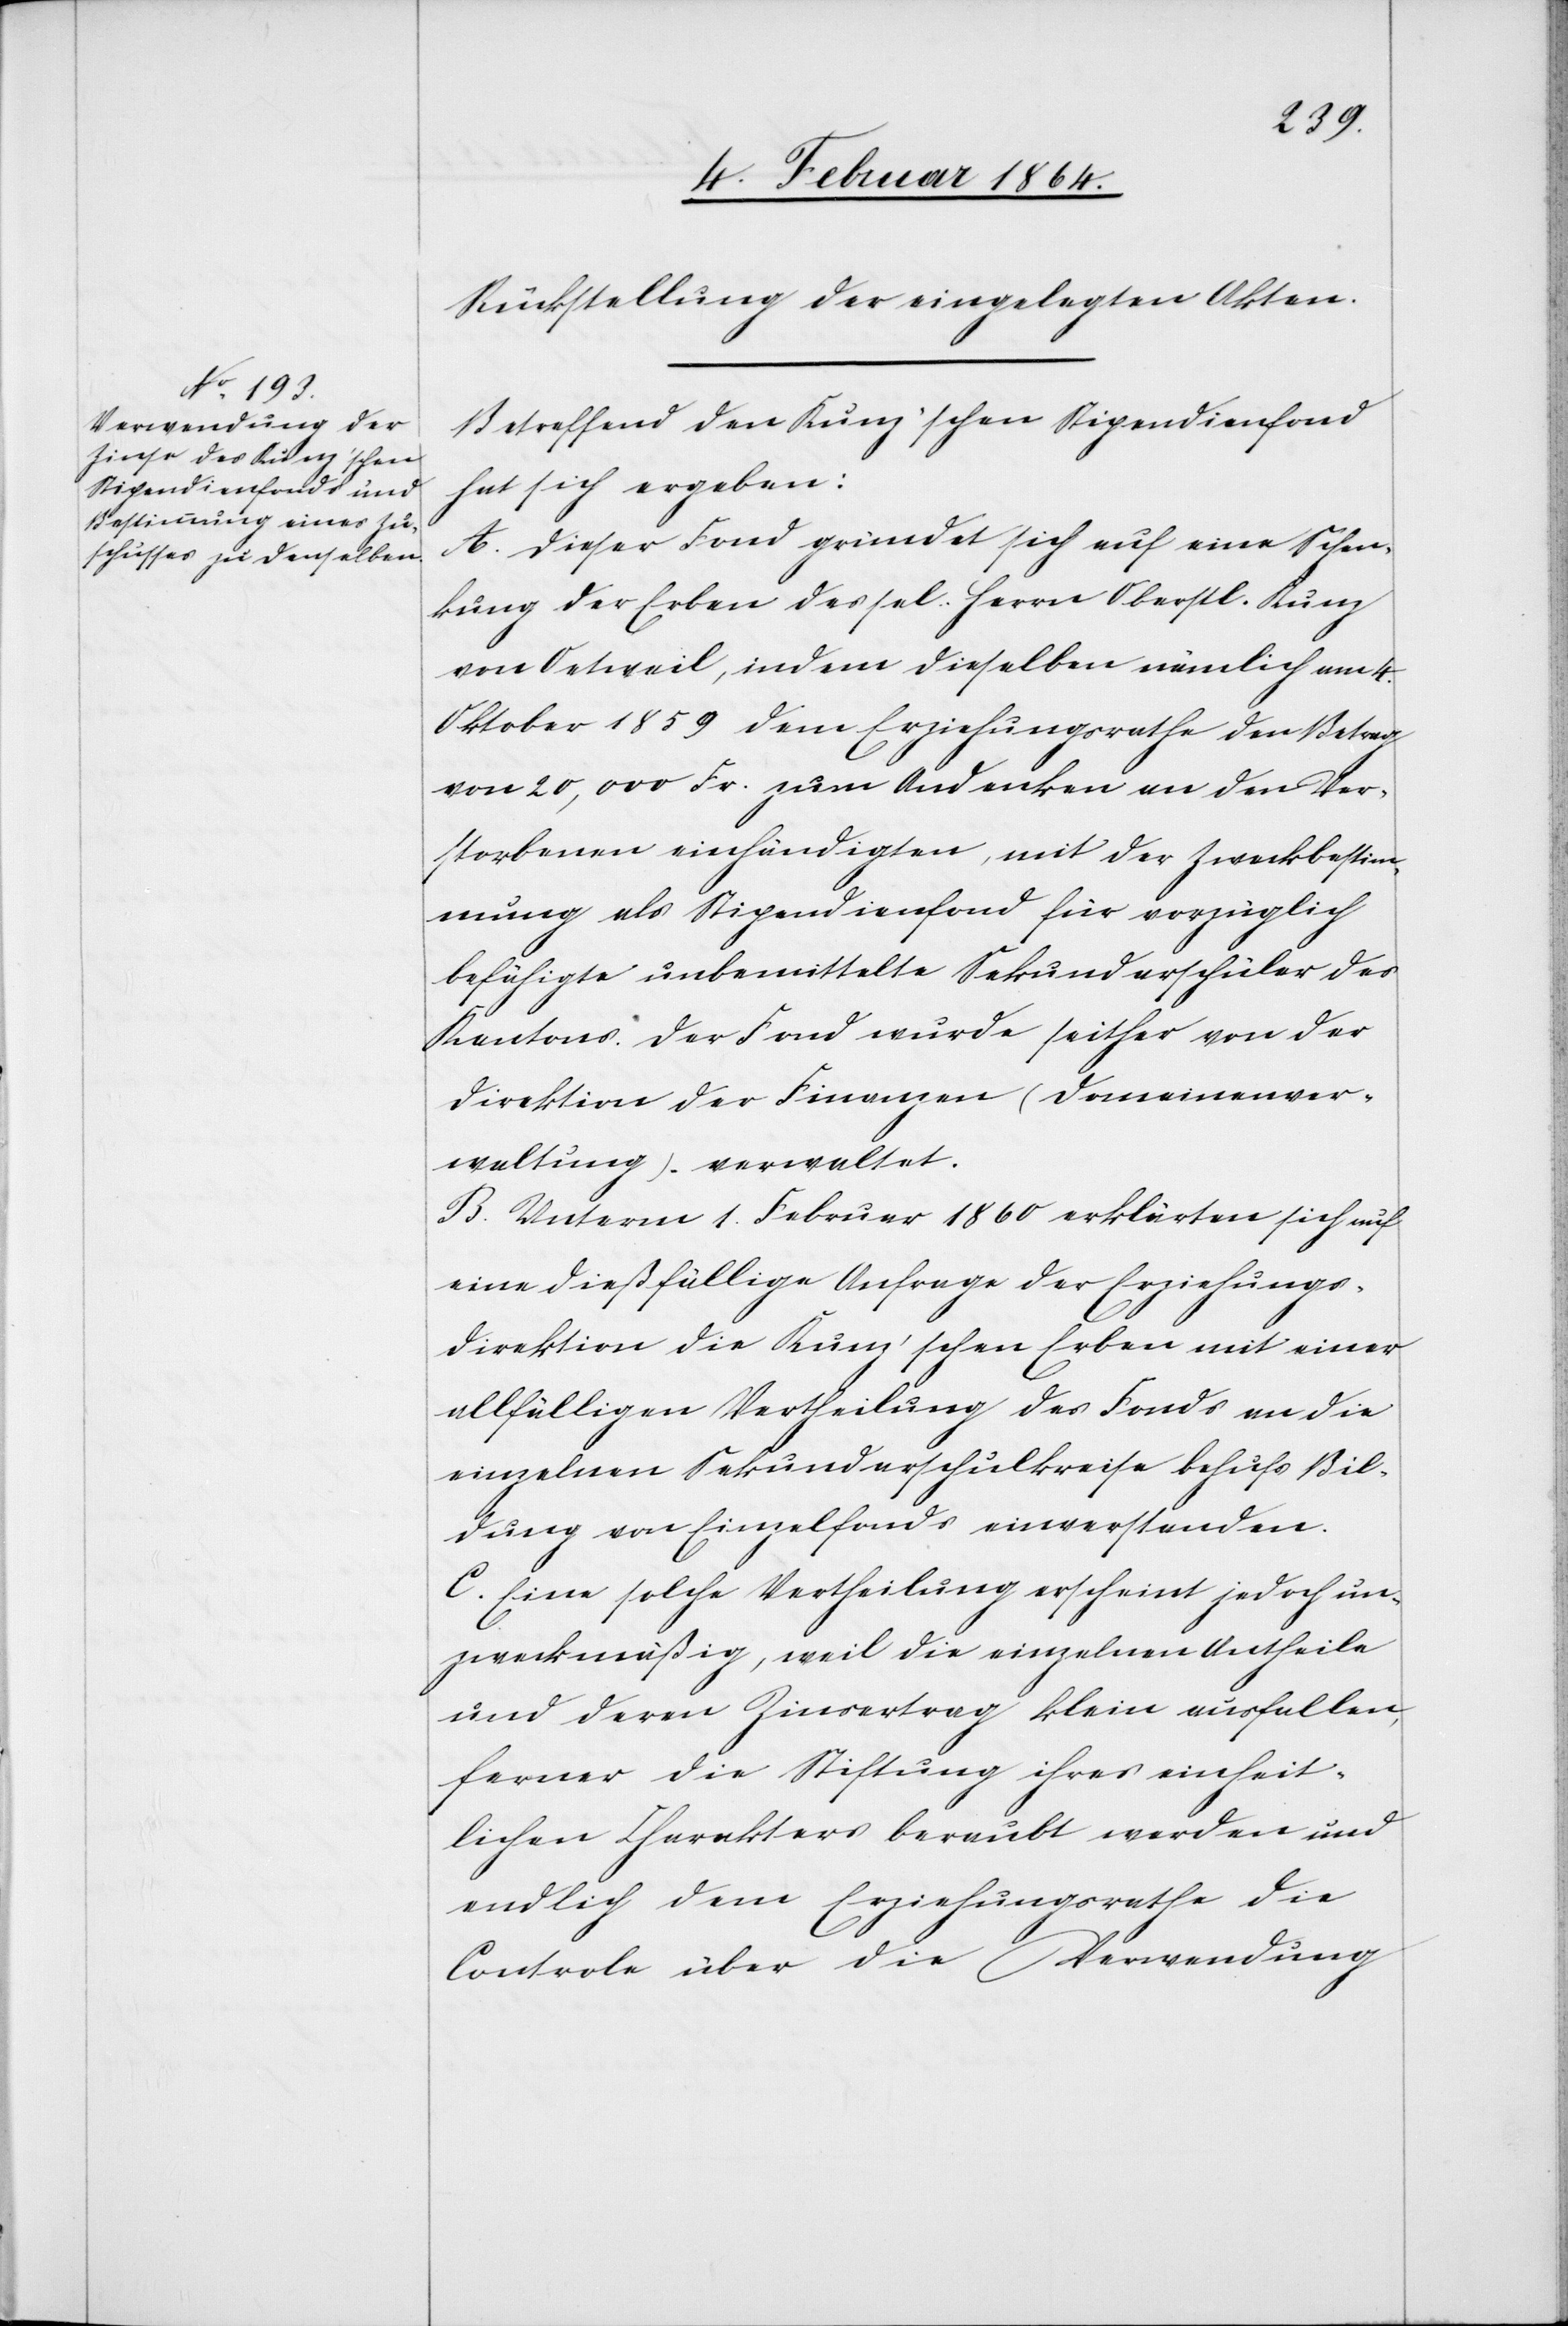
Rückstellung der eingelegten Akten.
Betreffend den Kunz’schen Stipendienfond
hat sich ergeben:
A. Dieser Fond gründet sich auf eine Schen¬
kung der Erben des sel. Herrn Oberstl. Kunz
von Oetweil, indem dieselben nämlich am 4.
Oktober 1859 dem Erziehungsrathe den Betrag
von 20,000 Fr. zum Andenken an den Ver¬
storbenen einhändigten, mit der Zweckbestim¬
mung als Stipendienfond für vorzüglich
befähigte unbemittelte Sekundarschüler des
Kantons. Der Fond wurde seither von der
Direktion der Finanzen (Domainenver¬
waltung). verwaltet.
B. Unterm 1. Februar 1860 erklärten sich auf
eine dießfällige Anfrage der Erziehungs¬
direktion die Kunz’schen Erben mit einer
allfälligen Vertheilung des Fonds an die
einzelnen Sekundarschulkreise behufs Bil¬
dung von Einzelfonds einverstanden.
C. Eine solche Vertheilung erscheint jedoch un¬
zweckmäßig, weil die einzelnen Antheile
und deren Zinsertrag klein ausfallen,
ferner die Stiftung ihres einheit¬
lichen Charakters beraubt werden und
endlich dem Erziehungsrathe die
Controle über die Verwendung